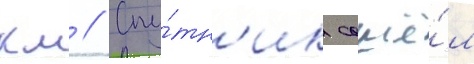
км // Спу́тн'ик сошё́л